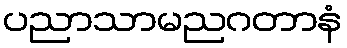
ပညာသာမညဂတာနံ